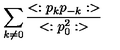
\sum _ { k \neq 0 } { \frac { < : p _ { k } p _ { - k } : > } { < : p _ { 0 } ^ { 2 } : > } }